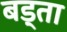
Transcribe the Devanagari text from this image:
बड्ता